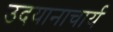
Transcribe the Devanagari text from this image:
उदयानाचार्य